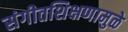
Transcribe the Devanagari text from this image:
संगीतशिक्षणामुळे